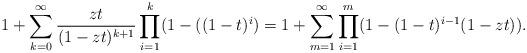
LaTeX: \begin{align*}1+ \sum_{k=0}^\infty \frac{zt}{(1-zt)^{k+1}} \prod_{i=1}^k (1-((1-t)^i) = 1 + \sum_{m=1}^\infty \prod_{i=1}^m (1-(1-t)^{i-1}(1-zt)).\end{align*}